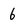
Character: 6